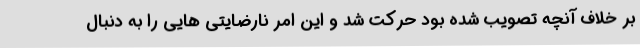
بر خلاف آنچه تصویب شده بود حرکت شد و این امر نارضایتی هایی را به دنبال